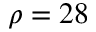
\rho = 2 8